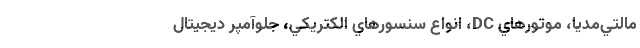
مالتي‌مديا، موتورهاي DC، انواع سنسور‌هاي الكتريكي، جلوآمپر ديجيتال